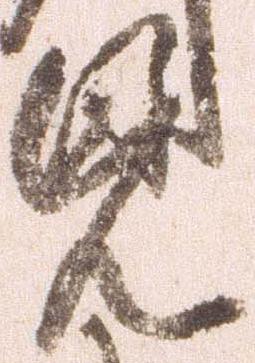
見